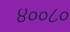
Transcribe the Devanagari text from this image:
४००८०